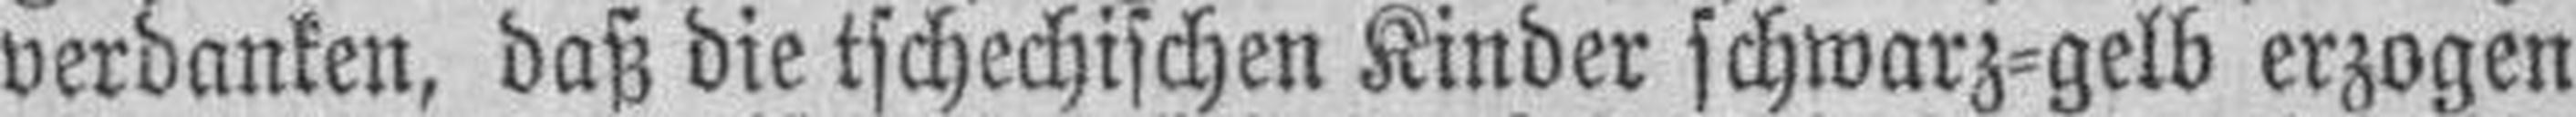
verdanken, daß die tschechischen Kinder schwarz=gelb erzogen